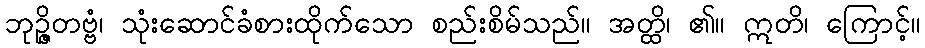
ဘုဉ္ဇိတဗ္ဗံ၊ သုံးဆောင်ခံစားထိုက်သော စည်းစိမ်သည်။ အတ္ထိ၊ ၏။ ဣတိ၊ ကြောင့်။